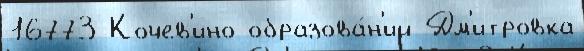
16773 Кочев'ино образова́н'ий Дм'итровка